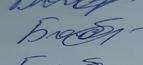
Signature authenticity: genuine